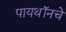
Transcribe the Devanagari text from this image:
पायथॉनचे